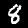
Label: 8